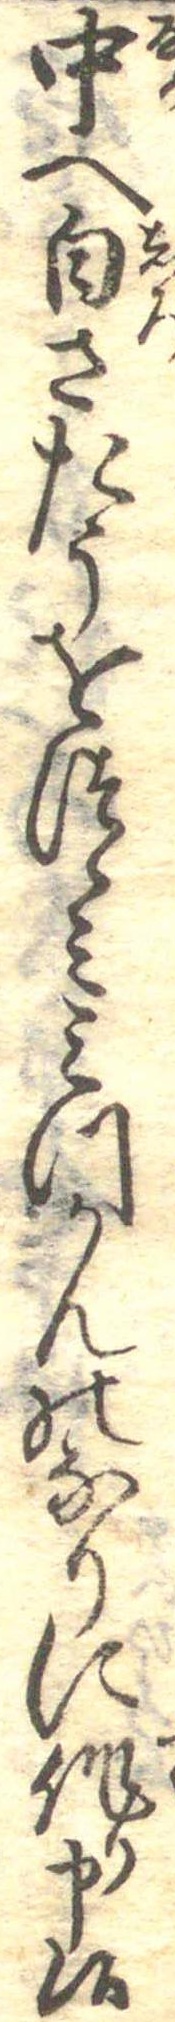
中へ白さたうをつゝみみつかんのなりに作り申候